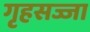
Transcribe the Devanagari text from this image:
गृहसज्जा